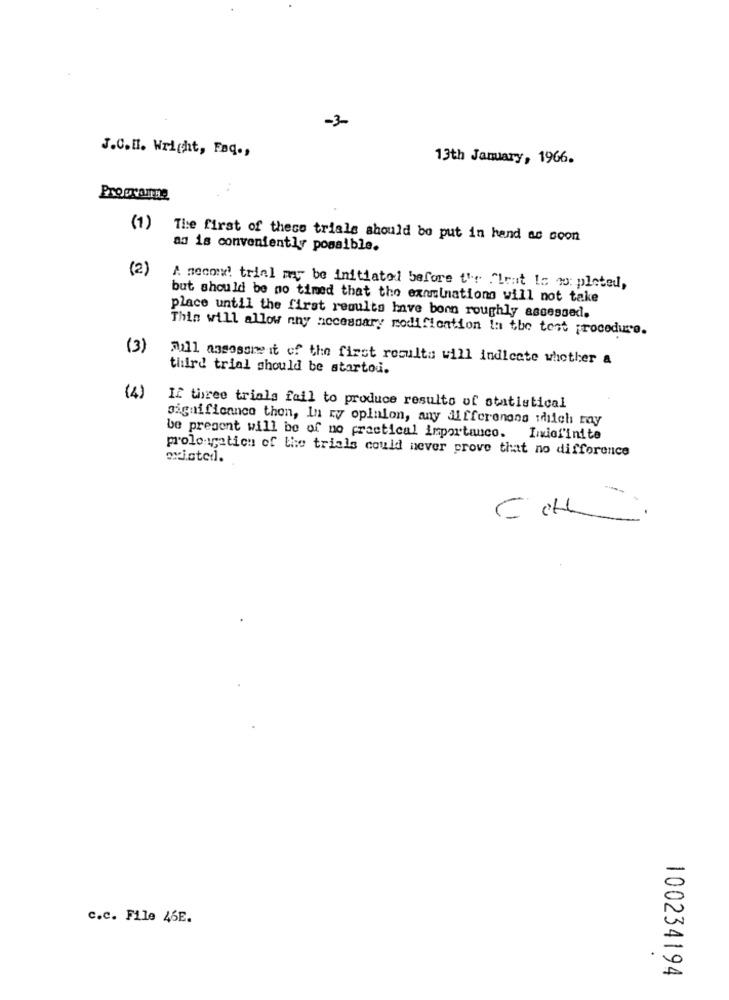
-3-
J.C.H. Wright, Faq .,
13th January, 1966.
Programme
(1)
The first of thece trials should be put in hand as soon
ad is conveniently possible.
(2)
A second! trial may be initiated before t'r flent ic wo: pleted,
but should be no timed that the examinations will not take
place until the first results have bonn roughly assessed.
Thin will allow nny necessary modification In the test procedure.
(3)
jill assosone it of the first resulta will indicate whether a
third trial should be startou.
(4)
If three trials fail to produce resulto of statistical
significance thon, In ry opinion, any differenans sidel ray
be pregont will be of no practical importanco.
Indefinite
prolongation of the trials could never prove that no difference
existed.
c.c. File 46E.
100234194